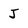
Character: J